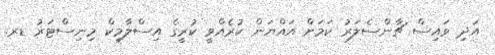
އަދި ވައިސް ޗާންސެލަރު ކަމަށް އައްޔަން ކުރެއްވީ ކުރީގެ އިސްލާމިކް މިނިސްޓަރު ޑރ.